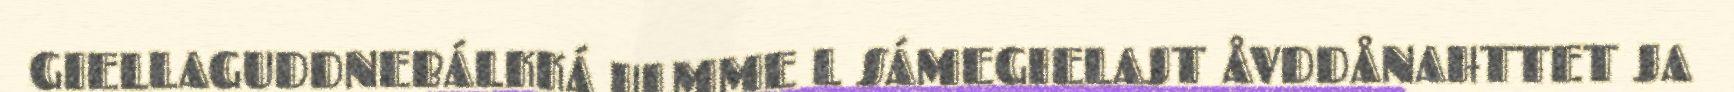
GIELLAGUDDNEBÁLKKÁ ULMME L SÁMEGIELAJT ÅVDDÅNAHTTET JA